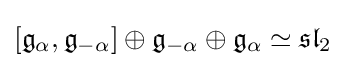
[{\mathfrak {g}}_{\alpha },{\mathfrak {g}}_{-\alpha }]\oplus {\mathfrak {g}}_{-\alpha }\oplus {\mathfrak {g}}_{\alpha }\simeq {\mathfrak {sl}}_{2}